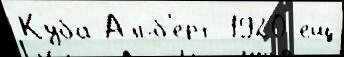
Ку́ба Альб'е́рт 1920 ещ́